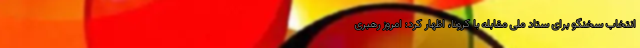
انتخاب سخنگو برای ستاد ملی مقابله با کرونا، اظهار کرد: امروز رهبری